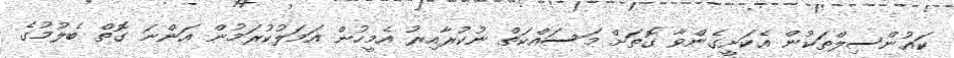
ކައުންސިލްތަކުން އެކަށީގެންވާ ގޮތަށް މަސައްކަތް ނުކުރާއިރު އެމީހުން އަމަލުކުރަމުން އަންނަ ގޮތް ބެލުމުގެ